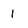
Character: 1